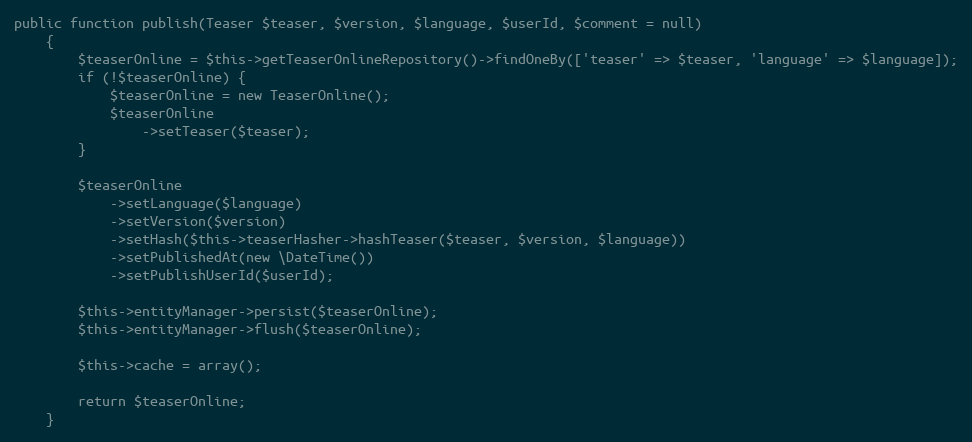
Language: PHP
public function publish(Teaser $teaser, $version, $language, $userId, $comment = null)
    {
        $teaserOnline = $this->getTeaserOnlineRepository()->findOneBy(['teaser' => $teaser, 'language' => $language]);
        if (!$teaserOnline) {
            $teaserOnline = new TeaserOnline();
            $teaserOnline
                ->setTeaser($teaser);
        }

        $teaserOnline
            ->setLanguage($language)
            ->setVersion($version)
            ->setHash($this->teaserHasher->hashTeaser($teaser, $version, $language))
            ->setPublishedAt(new \DateTime())
            ->setPublishUserId($userId);

        $this->entityManager->persist($teaserOnline);
        $this->entityManager->flush($teaserOnline);

        $this->cache = array();

        return $teaserOnline;
    }